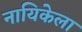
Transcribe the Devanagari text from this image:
नायिकेला